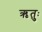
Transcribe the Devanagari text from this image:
ऋतुः